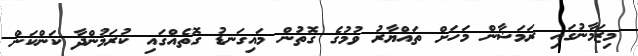
މިޒަމާނުގައި ރަމަޟާން މަހަށް ތައްޔާރު ވުމުގެ ގޮތުން މައިގަނޑު ގޮތެއްގައި ކުރަމުންދާ ކަންކަން